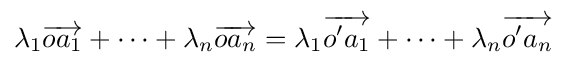
\lambda _{1}{\overrightarrow {oa_{1}}}+\dots +\lambda _{n}{\overrightarrow {oa_{n}}}=\lambda _{1}{\overrightarrow {o'a_{1}}}+\dots +\lambda _{n}{\overrightarrow {o'a_{n}}}